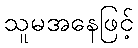
သူမအနေဖြင့်